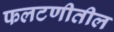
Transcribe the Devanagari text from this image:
फलटणीतील